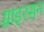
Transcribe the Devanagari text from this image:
ग्राइरसन